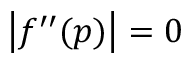
\left| f ^ { \prime \prime } ( p ) \right| = 0